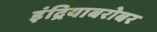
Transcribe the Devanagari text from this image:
इंद्रियाबरोबर